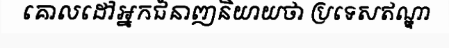
គោលដៅអ្នកជំនាញនិយាយថា ប្រទេសឥណ្ឌា